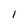
Character: I